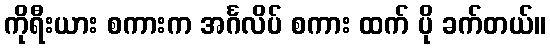
ကိုရီးယား စကားက အင်္ဂလိပ် စကား ထက် ပို ခက်တယ်။